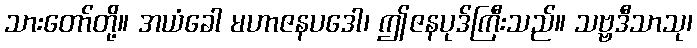
သားတော်တို့။ အယံခေါ မဟာဇနပဒေါ၊ ဤဇနပုဒ်ကြီးသည်။ သဗ္ဗဒီသာသု၊